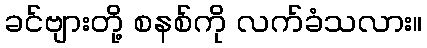
ခင်ဗျားတို့ စနစ်ကို လက်ခံသလား။